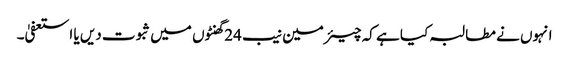
انہوں نے مطالبہ کیا ہے کہ چیئرمین نیب 24 گھنٹوں میں ثبوت دیں یا استعفیٰ۔